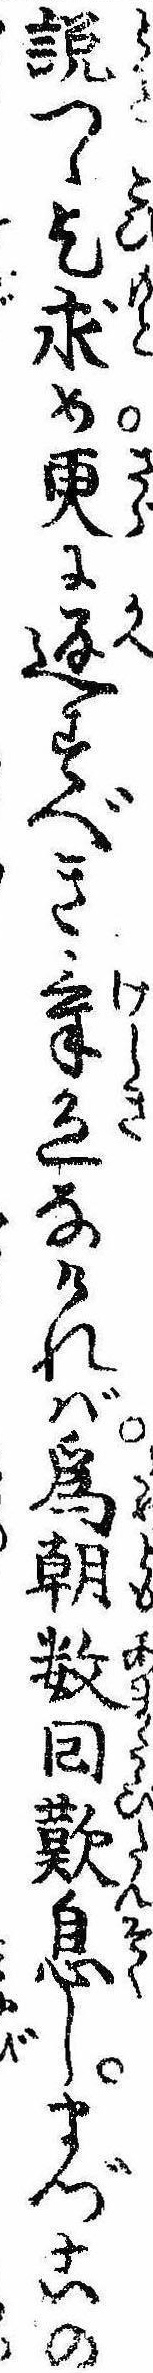
説つゝ乞求め更に返すべき気色なければ為朝数回歎息しまづこの